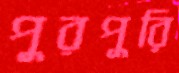
পুরপুরি